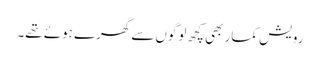
رویش کمار بھی کچھ لوگوں سے گھرے ہوئے تھے۔